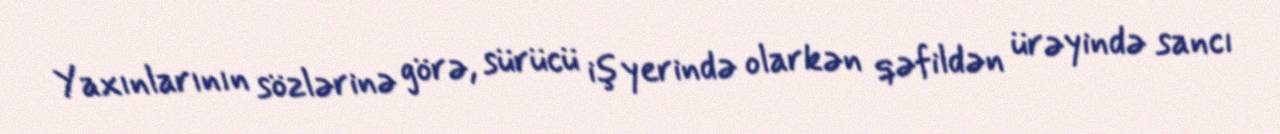
Yaxınlarının sözlərinə görə, sürücü iş yerində olarkən qəfildən ürəyində sancı